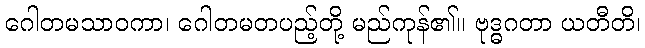
ဂေါတမသာဝကာ၊ ဂေါတမတပည့်တို့ မည်ကုန်၏။ ဗုဒ္ဓဂတာ ယတီတိ၊